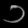
Digit: ၁